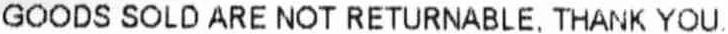
GOODS SOLD ARE NOT RETURNABLE, THANK YOU.